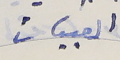
القبيات